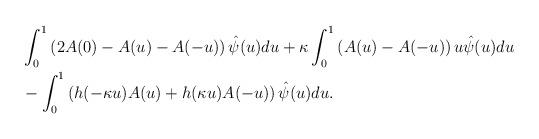
LaTeX: \begin{align*} &\int_{0}^{1} \left(2A(0) - A(u) - A(-u)\right)\hat{\psi}(u) du +\kappa \int_{0}^{1} \left(A(u)- A(-u)\right)u\hat{\psi}(u) du \\ &-\int_{0}^{1} \left(h(-\kappa u)A(u) + h(\kappa u)A(-u)\right)\hat{\psi}(u) du . \end{align*}